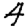
Digit: 4